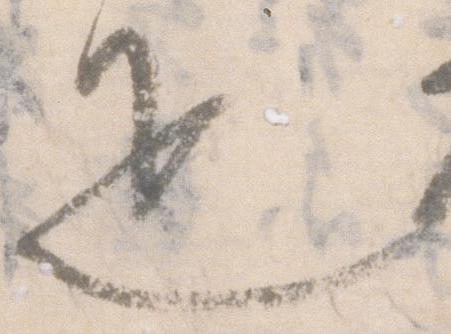
疋